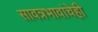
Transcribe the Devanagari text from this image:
सावत्रभावांचेही